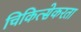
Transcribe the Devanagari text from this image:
चिकित्सेकरता